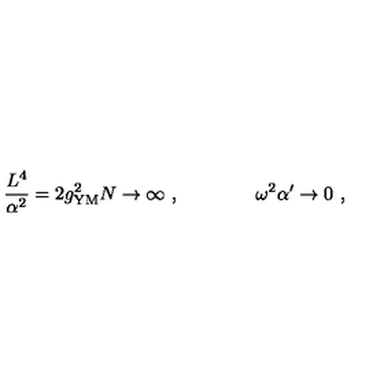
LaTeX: { \frac { L ^ { 4 } } { \alpha ^ { 2 } } } = 2 g _ { \mathrm { Y M } } ^ { 2 } N \rightarrow \infty \ , \qquad \qquad \omega ^ { 2 } \alpha ^ { \prime } \rightarrow 0 \ ,